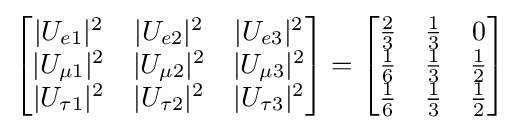
{\begin{bmatrix}|U_{e1}|^{2}&|U_{e2}|^{2}&|U_{e3}|^{2}\\|U_{\mu 1}|^{2}&|U_{\mu 2}|^{2}&|U_{\mu 3}|^{2}\\|U_{\tau 1}|^{2}&|U_{\tau 2}|^{2}&|U_{\tau 3}|^{2}\end{bmatrix}}={\begin{bmatrix}{\frac {2}{3}}&{\frac {1}{3}}&0\\{\frac {1}{6}}&{\frac {1}{3}}&{\frac {1}{2}}\\{\frac {1}{6}}&{\frac {1}{3}}&{\frac {1}{2}}\end{bmatrix}}